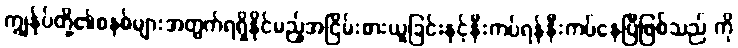
ကျွန်ုပ်တို့၏စနစ်များအတွက်ရရှိနိုင်မည့်အငြိမ်းစားယူခြင်းနှင့်နီးကပ်ရန်နီးကပ်နေပြီဖြစ်သည် ကို